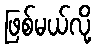
ဖြစ်မယ်လို့